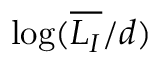
\log ( \overline { { L _ { I } } } / d )